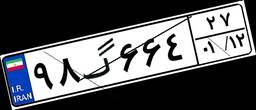
۹۸گ۶۶۴۲۷